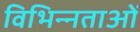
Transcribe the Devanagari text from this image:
विभिन्‍नताओं